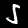
Digit: 5